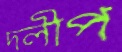
দলীপ